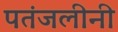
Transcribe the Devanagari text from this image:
पतंजलीनी